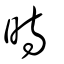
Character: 旹